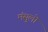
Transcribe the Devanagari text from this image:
मंसुलो